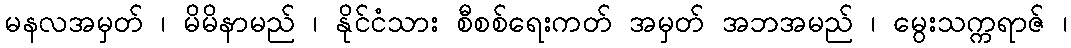
မနလအမှတ် ၊ မိမိနာမည် ၊ နိုင်ငံသား စီစစ်ရေးကတ် အမှတ် အဘအမည် ၊ မွေးသက္ကရာဇ် ၊